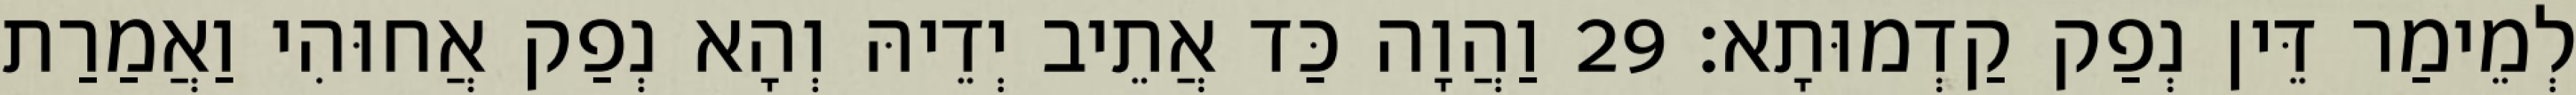
לְמֵימַר דֵּין נְפַק קַדְמוּתָא׃ 29 וַהֲוָה כַּד אֲתֵיב יְדֵיהּ וְהָא נְפַק אֲחוּהִי וַאֲמַרַת